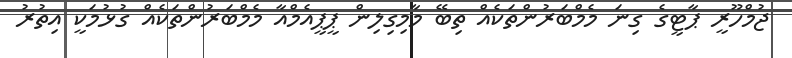
ޖުމްހޫރީ ޕާޓީގެ ގިނަ މެމްބަރުންތަކެއް ތިބޭ މާމިގިލިން ޕީޕީއެމްއާ މެމްބަރުންތަކެއް ގުޅުމަކީ އިތުރު